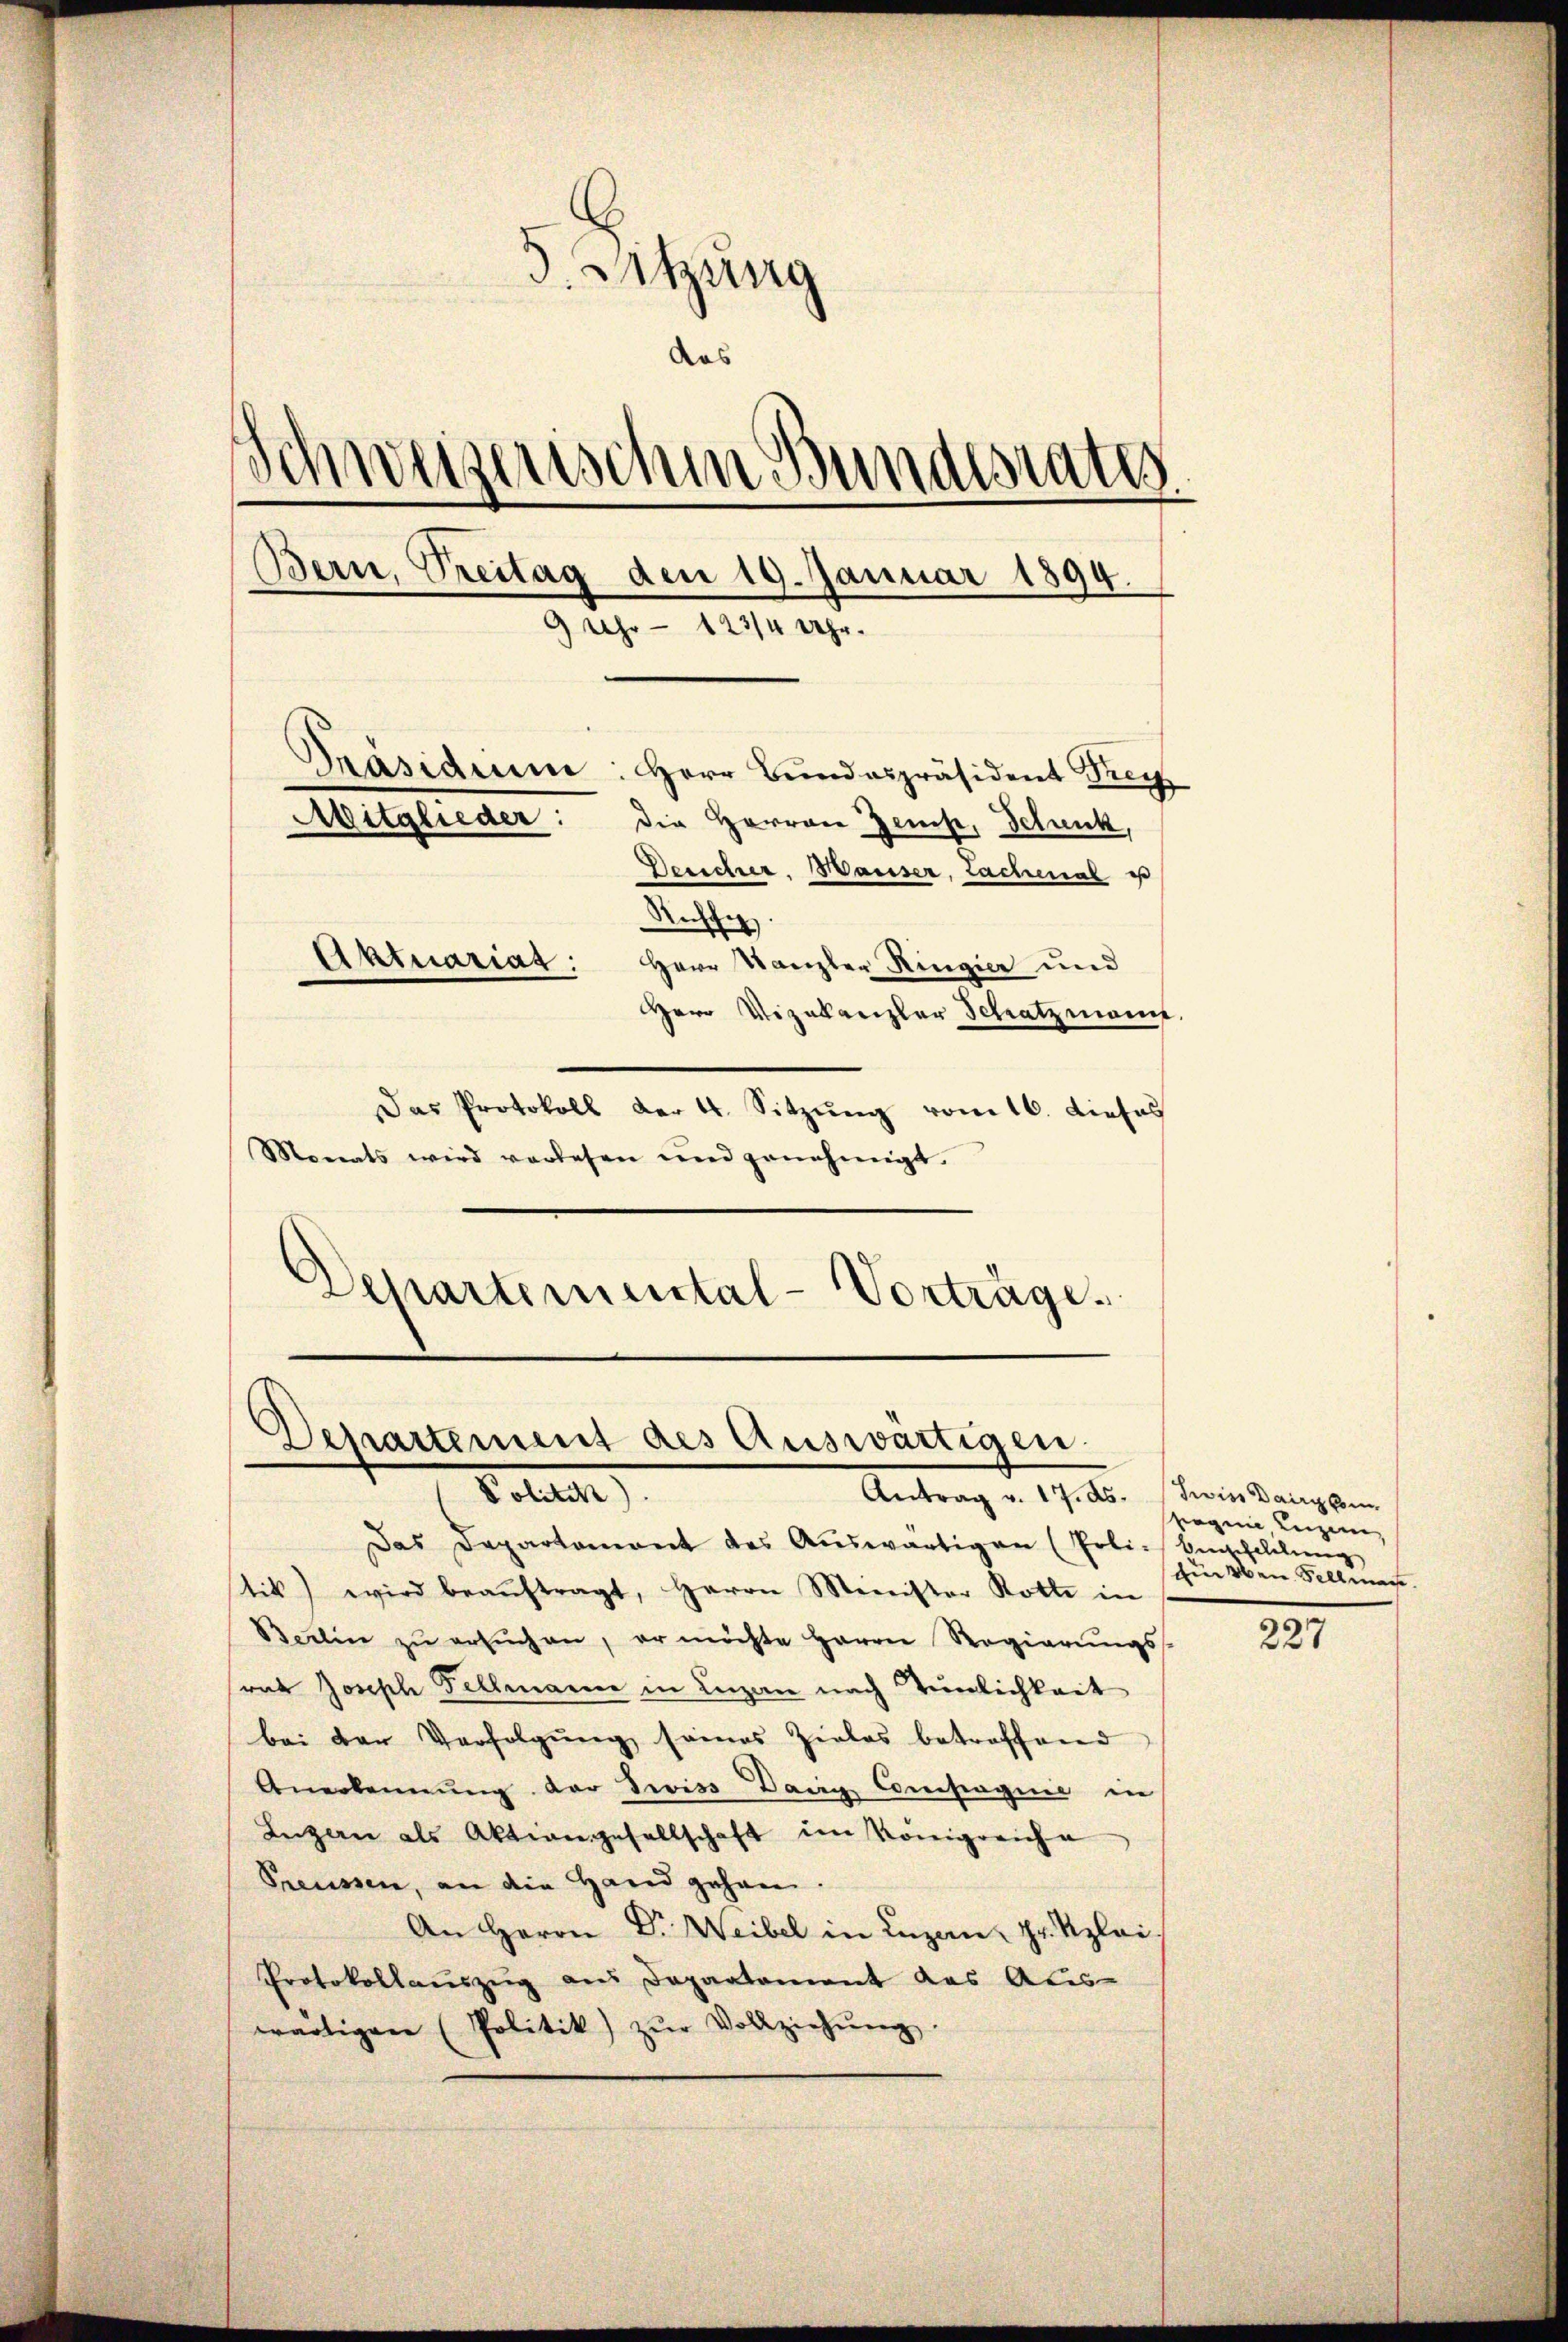
5. Sitzung
das
Schweizerischem Bundesrates
Bern, Treitag den 19. Januar 1894.
9 Uhr - 123/4 Uhr.
Präsidium: Herr Bundespräsident Frei
Mitglieder:
die Herren Zinse, Schank,
Desicher. Hauser, Lachenal u
Aufhe
Aktuariat: Herr Kanzler Ringier und
Herr Vizekanzler Schatzmann

Das Protokoll der 4. Sitzŭng vom 16. dieses
Monats wird verlesen und genehmigt.
Departemental-Vorträge.

Departement des Auswärtigen.
Botte
Antrag v. 17. ds. wie Dairgen.

Das Departament des Aŭswärtigen (Poli-Bescheilung
tik) wird beaŭftragt, Herrn Minister Rotte in
Berlin zŭ ersŭchen, er möchte Herrn Regierŭngs-
rat Joseph Fellmann in Luzen nach Teinlichkeit
bei der Verfolgung seines Zieles betroffend
Anerkennung der Zwiss dann Constagnie in
Luzern als Aktiengesellschaft im Königreicha
Preisen, an die Hand gehen.
An Herrn Dr. Weibel in Luzan, Hr. Klei
Protokollaŭszŭg ans Departement das Aus-
wärtigen (Politik) zŭr Vollziehŭng

seegen Luzern,
für den Fellmache.

227